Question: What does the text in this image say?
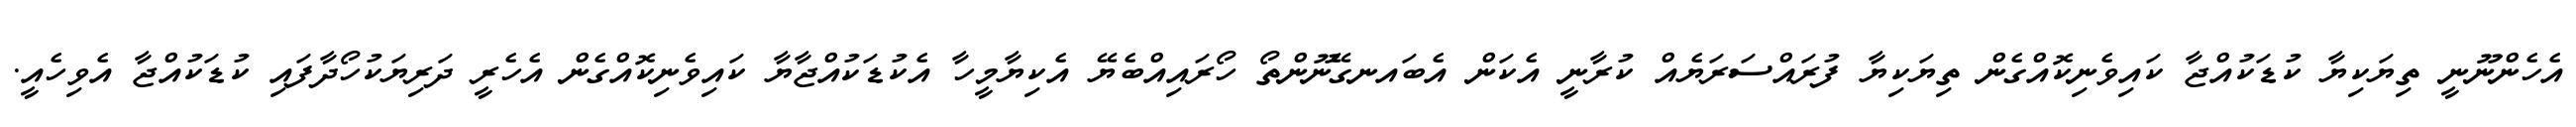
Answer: އެހެންނޫނީ ތިޔަކިޔާ ކުޑަކުއްޖާ ކައިވެނިކޮއްގެން ތިޔަކިޔާ ފުރައްސަރަޔެއް ކުރާނީ އެކަން އެބައނގޭނޫންތޯ ހޯރައިއްބެޔޭ އެކިޔާމީހާ އެކުޑަކުއްޖާޔާ ކައިވެނިކޮއްގެން އެހެރީ ދަރިޔަކުހޯދާފައި ކުޑަކުއްޖާ އެވިހެއީ.